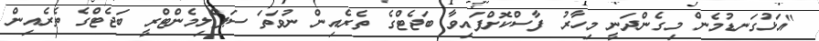
"އަޅުގަނޑުމެން މިގެންދަނީ މިހާރު ފާސްކޮށްފައިވާ ބަޖެޓްގެ ތެރެއިން ނުވަތަ ސަޕްލިމެންޓްރީ ބަޖެޓްގެ ތެރެއިން